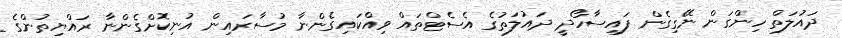
ދައުލަތް ހިންގަން ނޭގިގެން ފައިސާހޯދީ ދައުލަތުގެ އެސެޓްތައް ވިއްކައިގެންނާ މުސާރައިން އުނިކޮށްގެންނާ ރައްޔިތުންގެ